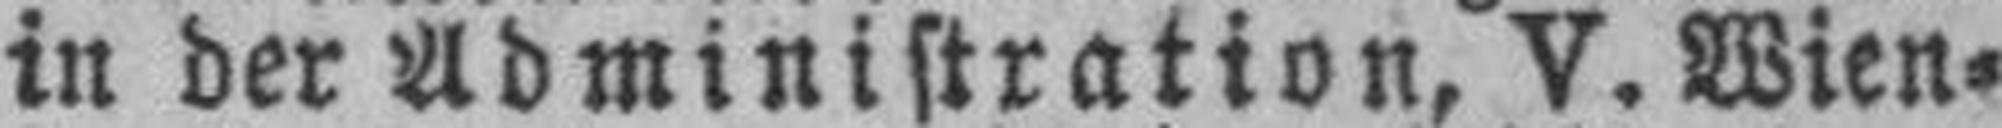
in der Administration, V. Wien¬